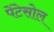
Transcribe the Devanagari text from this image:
पेंटेसोल